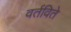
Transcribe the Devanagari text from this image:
वर्तविते